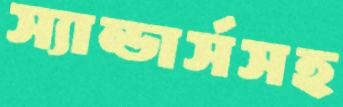
স্যান্ডার্সসহ